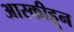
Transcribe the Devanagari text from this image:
आस्कीहून